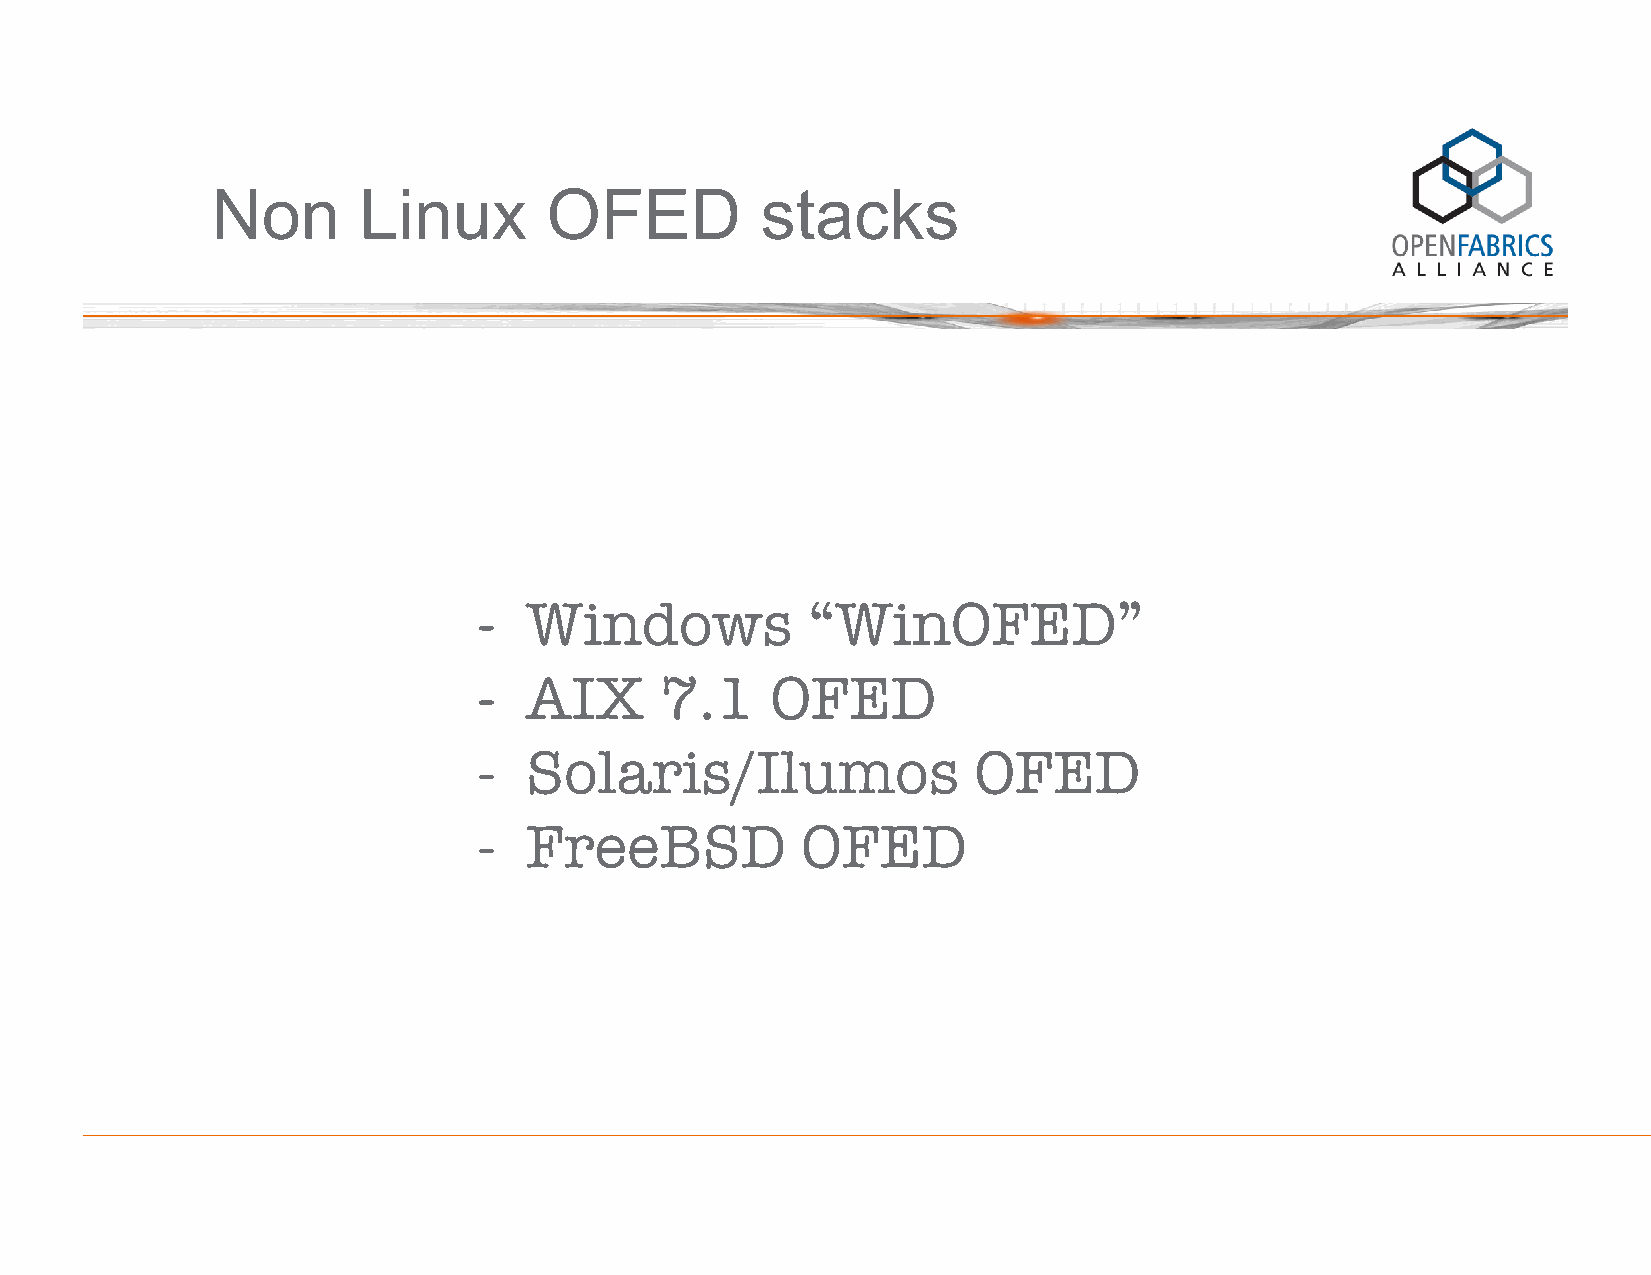
Non       Linux       OFED          stacks
 -  Windows           “WinOFED”
 -  AIX      7.1    OFED
 -  Solaris/Ilumos               OFED
 -  FreeBSD           OFED
 April 2-3, 2014                    #2014IBUG                                            3